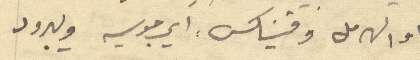
او الهرمل وفنيكس: اي جوسيه ويبرود